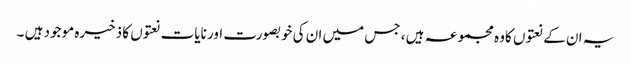
یہ ان کے نعتوں کاوہ مجموعہ ہیں ، جس میں ان کی خوبصورت اور نایات نعتوں کا ذخیرہ موجود ہیں ۔